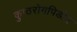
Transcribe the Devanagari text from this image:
कुष्ठरोगपिडीत